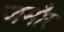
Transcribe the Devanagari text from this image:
जमौर